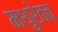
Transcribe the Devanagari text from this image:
मथुरेतच